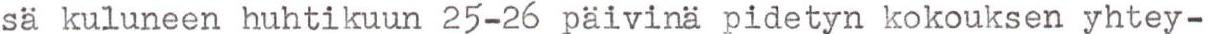
sä kuluneen huhtikuun 25-26 päivinä pidetyn kokouksen yhtey-